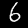
Digit: 6